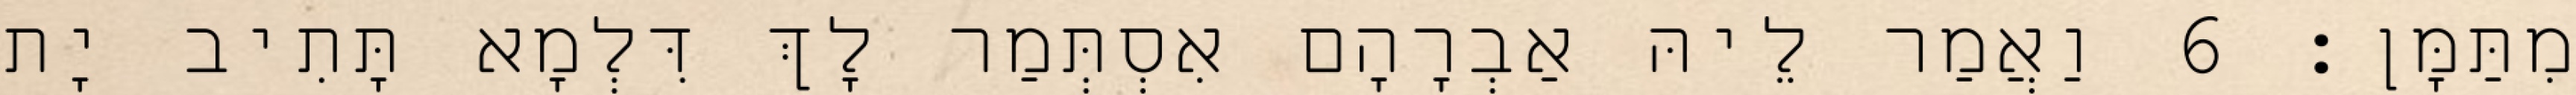
מִתַּמָּן׃ 6 וַאֲמַר לֵיהּ אַבְרָהָם אִסְתְּמַר לָךְ דִּלְמָא תָּתִיב יָת